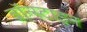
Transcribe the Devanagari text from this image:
ब्रॉन्स्टाइन